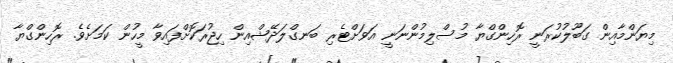
މިޔަންމާއިން ގަބޫލުކުރަނީ ރޮހިންގްޔާ މުސްލިމުންނަނީ އަވަށްޓެރި ބަނގްލަދޭޝްއިން ހިޖުރަކޮށްފައިވާ މީހުން ކަމަށެވެ. ރޮހިންގްޔާ